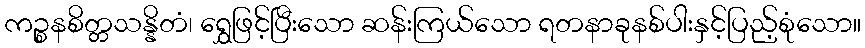
ကဉ္စနစိတ္တသန္နိတံ၊ ရွှေဖြင့်ပြီးသော ဆန်းကြယ်သော ရတနာခုနစ်ပါးနှင့်ပြည့်စုံသော။